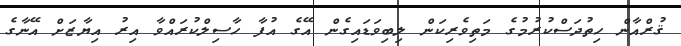
ޤުރްއާން ހިތުދަސްކުރުމުގެ މަތިވެރިކަން ލިބިވަޑައިގެން އޭގެ އުފާ ހާސިލްކުރައްވާ އިރު އިޔާޒަށް އޭނާގެ